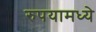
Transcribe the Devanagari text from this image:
रुपयामध्ये